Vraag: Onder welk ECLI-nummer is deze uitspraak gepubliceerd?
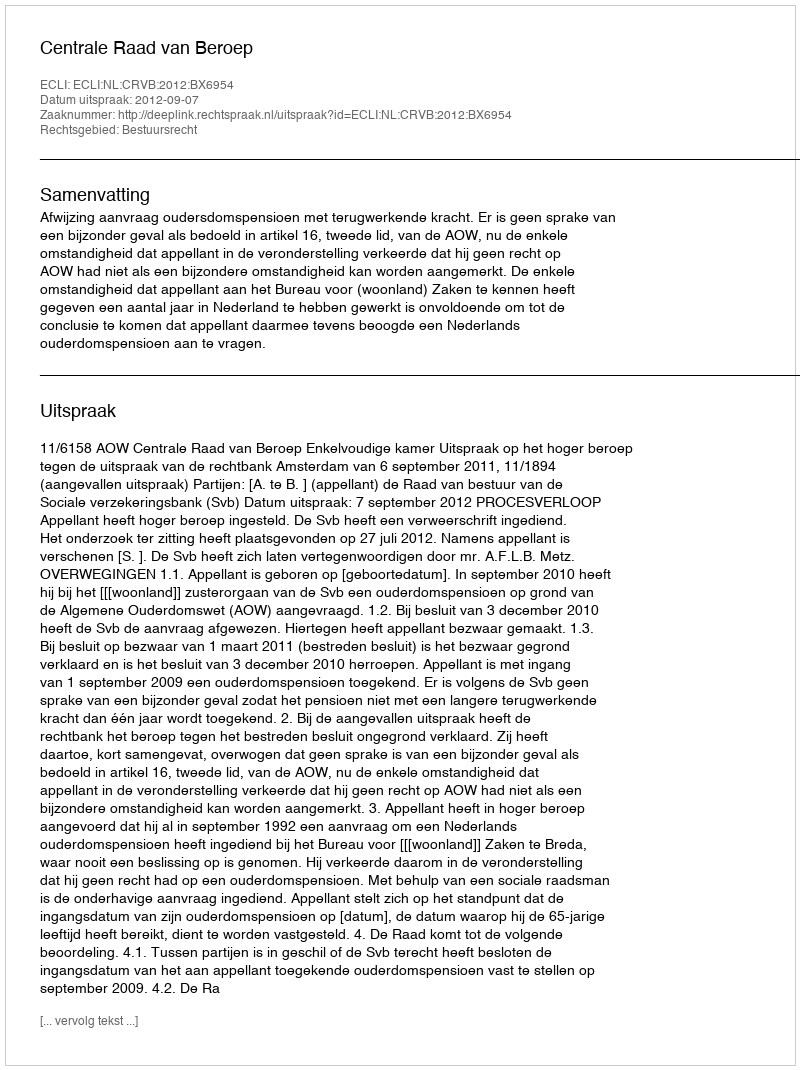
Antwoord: ECLI:NL:CRVB:2012:BX6954